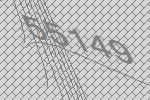
55149